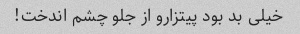
خیلی بد بود پیتزارو از جلو چشم اندخت!